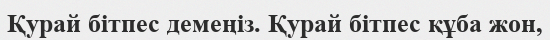
Қурай бітпес демеңіз. Қурай бітпес құба жон,